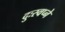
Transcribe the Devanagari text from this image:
दुःस्वप्ने